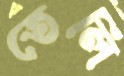
তেলি